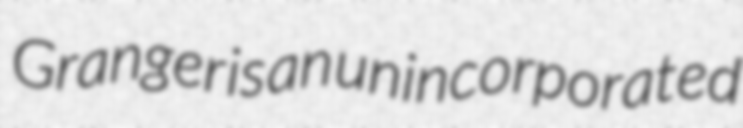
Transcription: Granger is an unincorporated